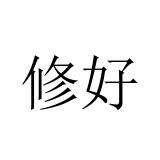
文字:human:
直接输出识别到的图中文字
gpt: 修好